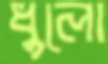
ধুলো